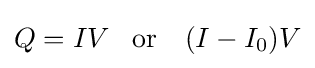
Q=IV\,\,\,\,\,\mathrm {or} \,\,\,\,\,\,(I-I_{0})V